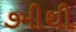
૭મીથી